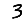
Digit: 3